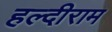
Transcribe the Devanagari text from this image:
हल्दीराम